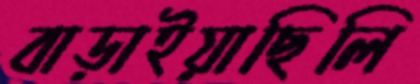
বাড়াইয়াছিলি